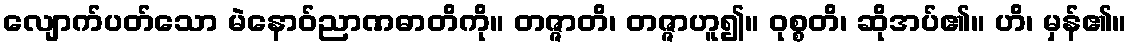
လျောက်ပတ်သော မဲနောဝ်ညာဏဓာတိကို။ တဇ္ဇာတိ၊ တဇ္ဇာဟူ၍။ ဝုစ္စတိ၊ ဆိုအပ်၏။ ဟိ၊ မှန်၏။